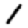
Digit: 1